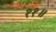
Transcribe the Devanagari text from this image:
११॥